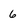
Character: 6